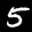
Label: 5